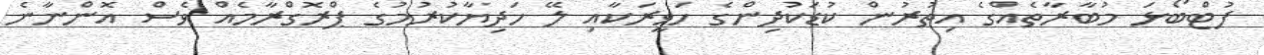
ފުޓްބޯޅަ މުބާރާތެއްގެ އިތުރުން ކުޑަކުދިންގެ ހަވީރަކާއި ލޭ ހަދިޔާކުރުމުގެ ޕްރޮގްރާމެއް ވެސް އޮންނާނެ